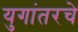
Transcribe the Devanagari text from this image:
युगांतरचे